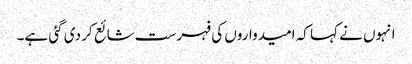
انہوں نے کہا کہ امیدواروں کی فہرست شائع کر دی گئی ہے۔